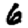
Digit: 6